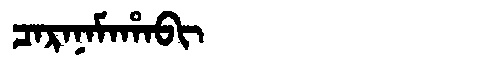
Manchu: ᠴᠠᡵᠠᠨᠠᠮᠠᡥᠠᠪᡳ
Romanization: CARANAMAHABI